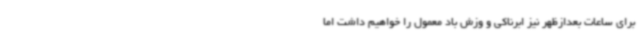
برای ساعات بعدازظهر نیز ابرناکی و وزش باد معمول را خواهیم داشت اما